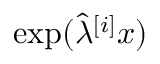
\exp ( \hat { \lambda } ^ { [ i ] } x )